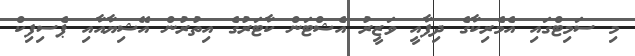
މި ސަމިޓްގައި އެމެރިކާގެ ދިފާއީ ވަޒީރު އެޝްޓަން ކާޓަރުގެ އިތުރުން އޭޝިޔާއާއި ޕެސިފިކް